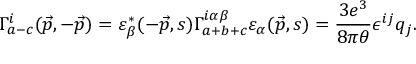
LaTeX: \Gamma _ { a - c } ^ { i } ( \vec { p } , - \vec { p } ) = \varepsilon _ { \beta } ^ { * } ( - \vec { p } , s ) \Gamma _ { a + b + c } ^ { i \alpha \beta } \varepsilon _ { \alpha } ( \vec { p } , s ) = \frac { 3 e ^ { 3 } } { 8 \pi \theta } \epsilon ^ { i j } q _ { j } .